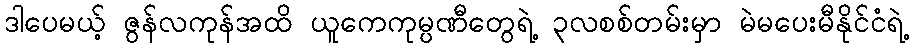
ဒါပေမယ့် ဇွန်လကုန်အထိ ယူကေကုမ္ပဏီတွေရဲ့ ၃လစစ်တမ်းမှာ မဲမပေးမီနိုင်ငံရဲ့